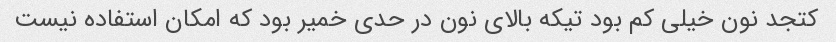
کتجد نون خیلی کم بود تیکه بالای نون در حدی خمیر بود که امکان استفاده نیست